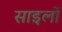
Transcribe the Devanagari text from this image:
साइलों